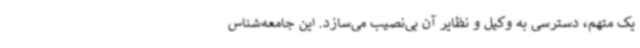
یک متهم، دسترسی به وکیل و نظایر آن بی‌نصیب می‌سازد. این جامعه‌شناس